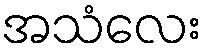
အသံလေး